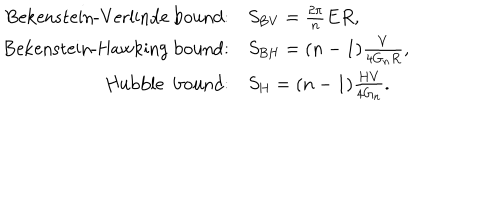
LaTeX: \begin{array} { r l } { { \mathrm { B e k e n s t e i n - V e r l i n d e ~ b o u n d } : } } & { { S _ { \mathrm { B V } } = \frac { 2 \pi } { n } E R , } } \\ { { \mathrm { B e k e n s t e i n - H a w k i n g ~ b o u n d } : } } & { { S _ { \mathrm { B H } } = ( n - 1 ) \frac { V } { 4 G _ { n } R } , } } \\ { { \mathrm { H u b b l e ~ b o u n d } : } } & { { S _ { \mathrm { H } } = ( n - 1 ) \frac { H V } { 4 G _ { n } } . } } \\ \end{array}